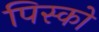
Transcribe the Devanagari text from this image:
पिस्को